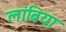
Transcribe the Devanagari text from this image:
लांबिया